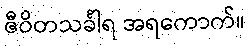
ဇီဝိတသင်္ခါရ အရကောက်။